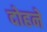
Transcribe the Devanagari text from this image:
दोहने